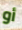
أو